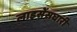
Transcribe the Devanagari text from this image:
लाइसेंसघारी